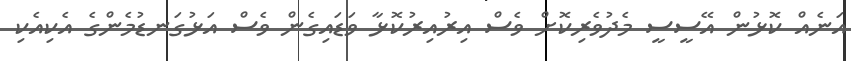
އަނެއް ކޮޅުން އޭސީސީީ މެދުވެރިކޮށް ވެސް އިރުއިރުކޮޅާ ވަޑައިގެން ވެސް އަޅުގަނޑުމެންގެ އެކިއެކި